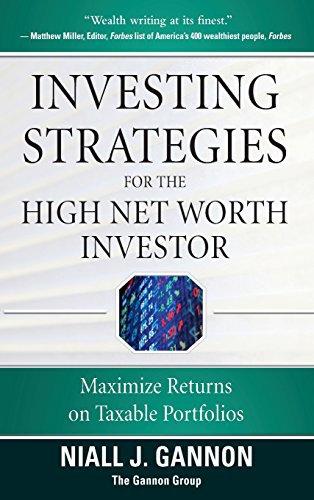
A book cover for Investing Strategies for the High Net-Worth Investor: Maximize Returns on Taxable Portfolios; Niall Gannon; Business & Money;